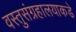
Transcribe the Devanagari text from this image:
वस्तुसंग्रहालयाकडे